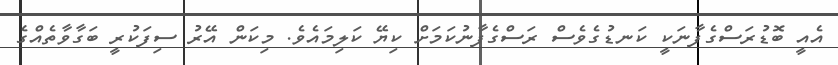
އެއީ ބޮޑުރަސްގެފާނަކީ ކަނޑުގެވެސް ރަސްގެފާނުކަމަށް ކިޔޭ ކަލިމައެވެ. މިކަން އޭރު ސިފަކުރީ ބަގާވާތެއްގެ